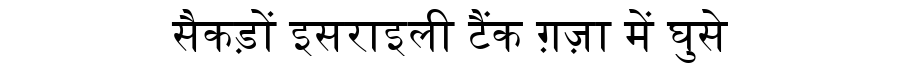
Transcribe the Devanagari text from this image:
सैकड़ों इसराइली टैंक ग़ज़ा में घुसे